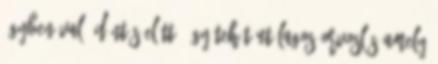
ügyben való döntés előtt. Így tehát utólagos orvoslás amely